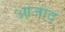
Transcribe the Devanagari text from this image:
आ़जाद